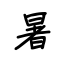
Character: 暑